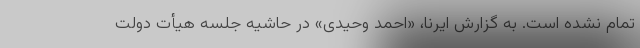
تمام نشده است. به گزارش ایرنا، «احمد وحیدی» در حاشیه جلسه هیأت دولت